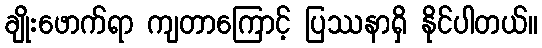
ချိုးဖောက်ရာ ကျတာကြောင့် ပြဿနာရှိ နိုင်ပါတယ်။